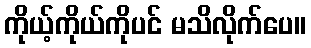
ကိုယ့်ကိုယ်ကိုပင် မသိလိုက်ပေ။